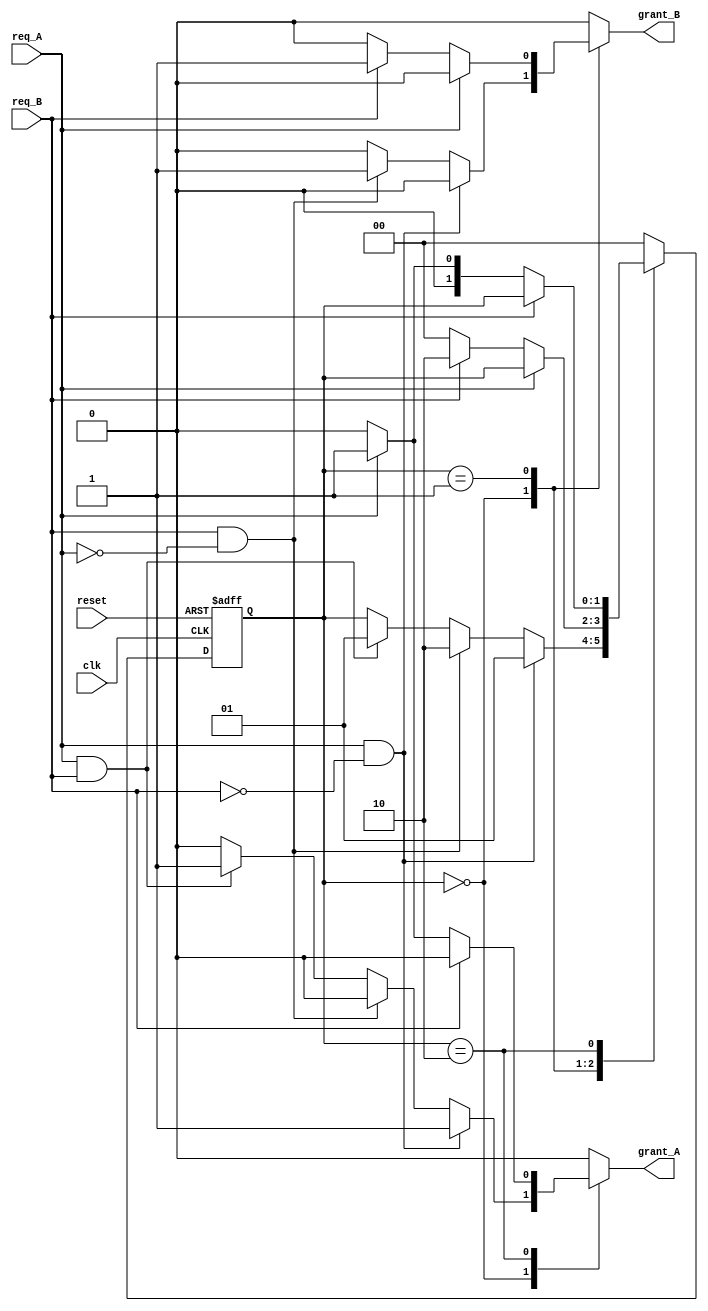
module memory_blocks_mutual_exclusion (
    input wire clk,               // Clock signal
    input wire reset,             // Reset signal
    input wire req_A,             // Request signal from Process A
    input wire req_B,             // Request signal from Process B
    output reg grant_A,           // Grant signal to Process A
    output reg grant_B            // Grant signal to Process B
);

// State declarations
localparam IDLE = 2'b00, 
           A_WAIT = 2'b01, 
           B_WAIT = 2'b10;

reg [1:0] state, next_state;

// Sequential logic to handle state transitions
always @(posedge clk or posedge reset) begin
    if (reset) begin
        state <= IDLE;
    end else begin
        state <= next_state;
    end
end

// Combinatorial logic to determine next state and grant signals
always @(*) begin
    // Default values
    grant_A = 0;
    grant_B = 0;
    next_state = state;

    case (state)
        IDLE: begin
            if (req_A && !req_B) begin
                // If only A requests, grant access to A
                grant_A = 1;
                next_state = A_WAIT;
            end else if (req_B && !req_A) begin
                // If only B requests, grant access to B
                grant_B = 1;
                next_state = B_WAIT;
            end else if (req_A && req_B) begin
                // If both request, grant to A (priority to A)
                grant_A = 1;
                next_state = A_WAIT;
            end
        end
        
        A_WAIT: begin
            if (!req_A) begin
                // A released, check for B
                grant_A = 0;
                if (req_B) begin
                    grant_B = 1;
                    next_state = B_WAIT;
                end else begin
                    next_state = IDLE;
                end
            end
        end

        B_WAIT: begin
            if (!req_B) begin
                // B released, check for A
                grant_B = 0;
                if (req_A) begin
                    grant_A = 1;
                    next_state = A_WAIT;
                end else begin
                    next_state = IDLE;
                end
            end
        end

        default: next_state = IDLE; // Fallback
    endcase
end

endmodule